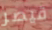
قيصر